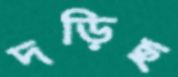
দড়িছ